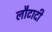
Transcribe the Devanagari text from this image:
लौटादी